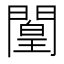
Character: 𲈮